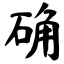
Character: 确